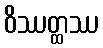
ဝိဿတ္ထဿ